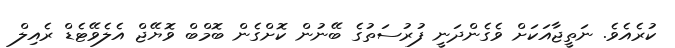
ކުރެއެވެ. ނަތީޖާއަކަށް ވެގެންދަނީ ފުރުސަތުގެ ބޭނުން ކޮށްގެން ބޮމްބް ވޮޔޭޖް އެލެވޭޓެޑް ރެއިލް